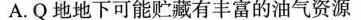
A.Q地地下可能贮藏有丰富的油气资源